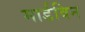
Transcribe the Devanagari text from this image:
मार्डविन